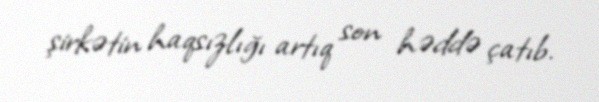
şirkətin haqsızlığı artıq son həddə çatıb.